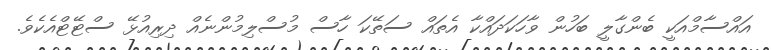
އައްސާމްއަކީ ބެންގާލީ ބަހުން ވާހަކަދައްކާ އެތައް ސަތޭކަ ހާސް މުސްލިމުންނެއް ދިރިއުޅޭ ސްޓޭޓްއެކެވެ.